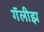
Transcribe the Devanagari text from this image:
गॅलीझ